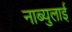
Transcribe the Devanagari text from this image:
नाब्युलाई